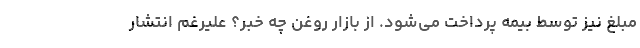
مبلغ نیز توسط بیمه‌ پرداخت می‌شود. از بازار روغن چه خبر؟ علیرغم انتشار